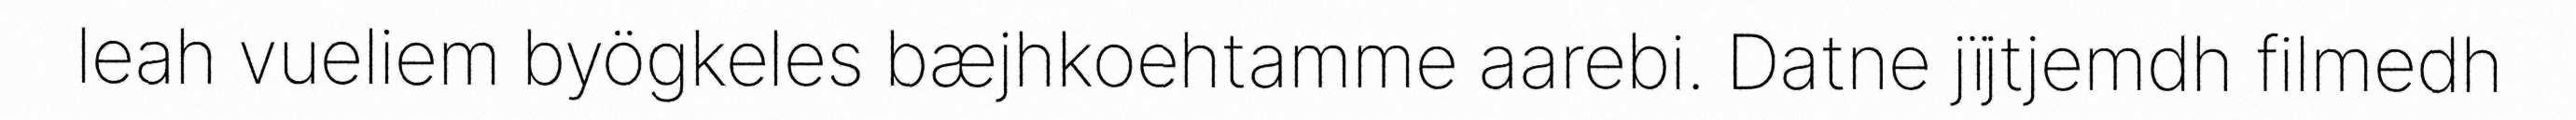
leah vueliem byögkeles bæjhkoehtamme aarebi. Datne jïjtjemdh filmedh